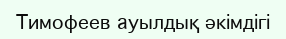
Тимофеев ауылдық әкімдігі